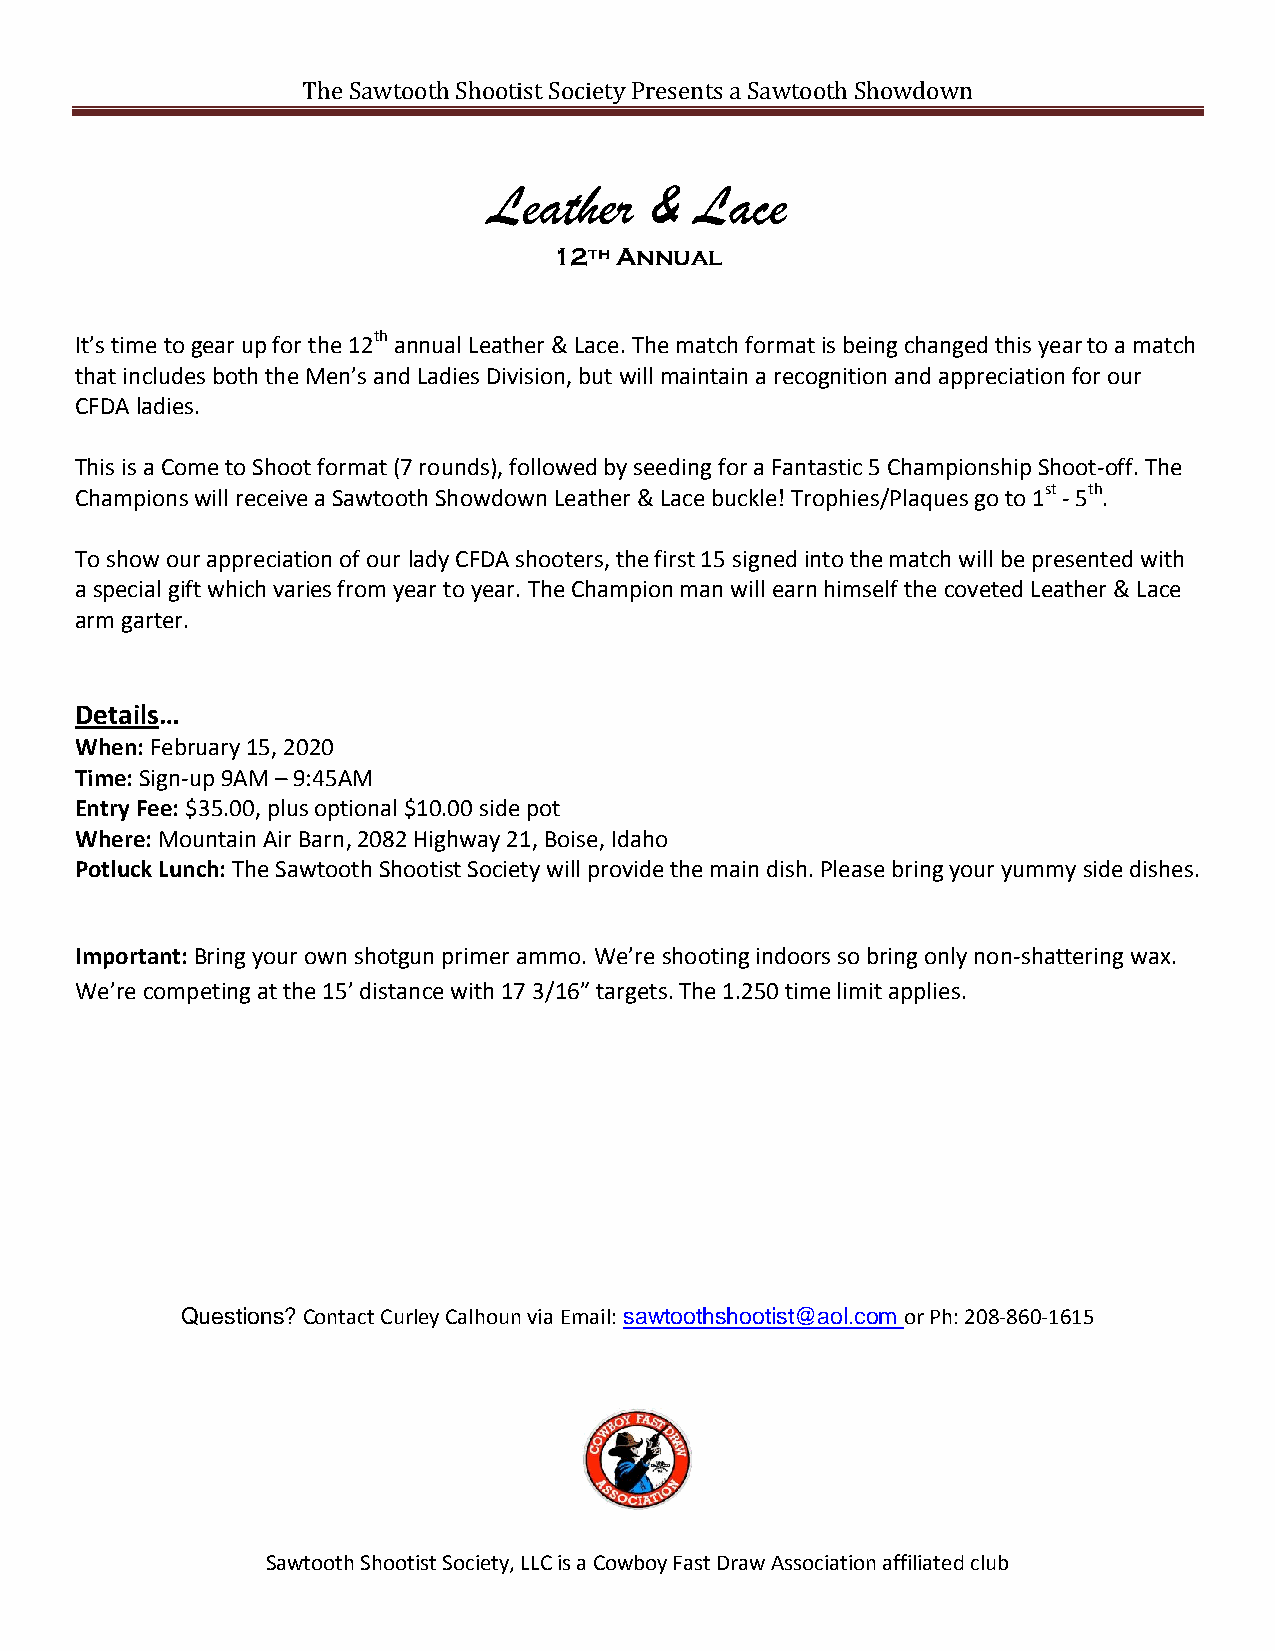
The Sawtooth Shootist Society Presents a Sawtooth Showdown
 Leather    &  Lace
 12th Annual
 It’s time to gear up for the 12th annual Leather & Lace. The match format is being changed this year to a match
 that includes both the Men’s and Ladies Division, but will maintain a recognition and appreciation for our
 CFDA ladies.
 This is a Come to Shoot format (7 rounds), followed by seeding for a Fantastic 5 Championship Shoot-off. The
 Champions will receive a Sawtooth Showdown Leather & Lace buckle! Trophies/Plaques go to 1st - 5th.
 To show our appreciation of our lady CFDA shooters, the first 15 signed into the match will be presented with
 a special gift which varies from year to year. The Champion man will earn himself the coveted Leather & Lace
 arm garter.
 Details…
 When: February 15, 2020
 Time: Sign-up 9AM – 9:45AM
 Entry Fee: $35.00, plus optional $10.00 side pot
 Where: Mountain Air Barn, 2082 Highway 21, Boise, Idaho
 Potluck Lunch: The Sawtooth Shootist Society will provide the main dish. Please bring your yummy side dishes.
 Important: Bring your own shotgun primer ammo. We’re shooting indoors so bring only non-shattering wax.
 We’re competing at the 15’ distance with 17 3/16” targets. The 1.250 time limit applies.
 Questions? Contact Curley Calhoun via Email: sawtoothshootist@aol.com or Ph: 208-860-1615
 Sawtooth Shootist Society, LLC is a Cowboy Fast Draw Association affiliated club